Annual report on the mental hospital in the Central Provinces and Berar (Nagpur) - 1927-1951
Year: 1927
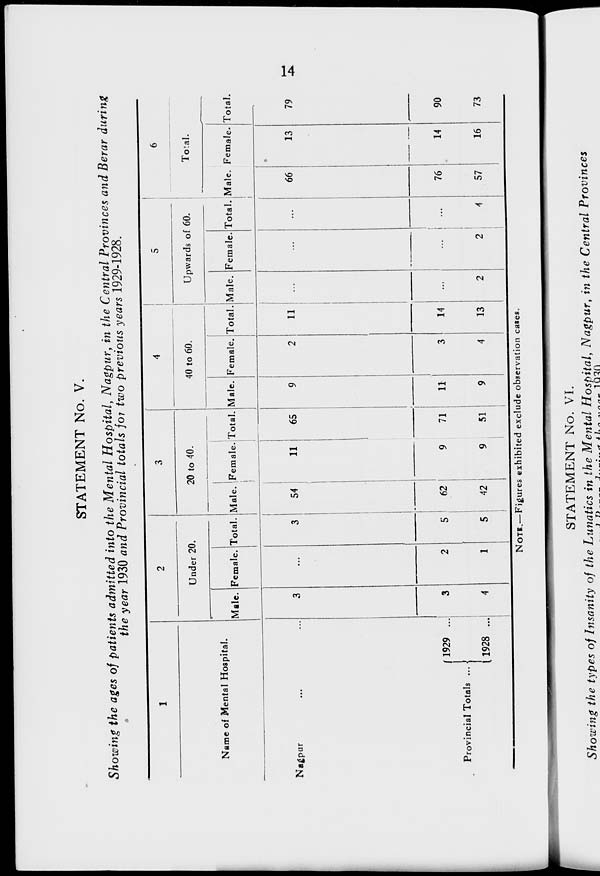
14
STATEMENT No. V.
Showing the ages of patients admitted into the Mental Hospital, Nagpur, in the Central Provinces and Berar during
the year 1930 and Provincial totals for two previous years 1929-1928.
1
Name of Mental Hospital.
Nagpur ... ...
Provincial Totals ...
1929 ...
1928 ...
2
Under 20.
Male.
3
3
4
Female.
...
2
1
Total.
3
5
5
3
20 to 40.
Male.
54
62
42
Female.
11
9
9
Total.
65
71
51
4
40 to 60.
Male.
9
11
9
Female.
2
3
4
Total.
11
14
13
5
Upwards of 60.
Male.
...
...
2
Female.
...
...
2
Total.
...
...
4
6
Total.
Male.
66
76
57
Female.
13
14
16
Total.
79
90
73
NOTE.—Figures exhibited exclude observation cases.